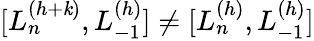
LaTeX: [L_{n}^{(h+\mathit{k})},L_{-1}^{(h)}]\neq[L_{n}^{(h)},L_{-1}^{(h)}]